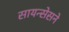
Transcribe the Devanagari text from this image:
सायन्सेसने